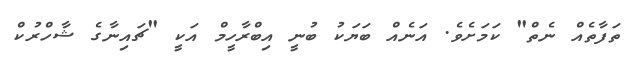
ތަފާތެއް ނެތް" ކަމަށެވެ. އަނެއް ބަޔަކު ބުނީ އިބްރާހީމް އަކީ "ޗައިނާގެ ޝާހްރުކް